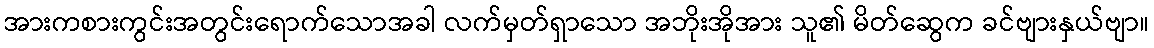
အားကစားကွင်းအတွင်းရောက်သောအခါ လက်မှတ်ရှာသော အဘိုးအိုအား သူ၏ မိတ်ဆွေက ခင်ဗျားနှယ်ဗျာ။